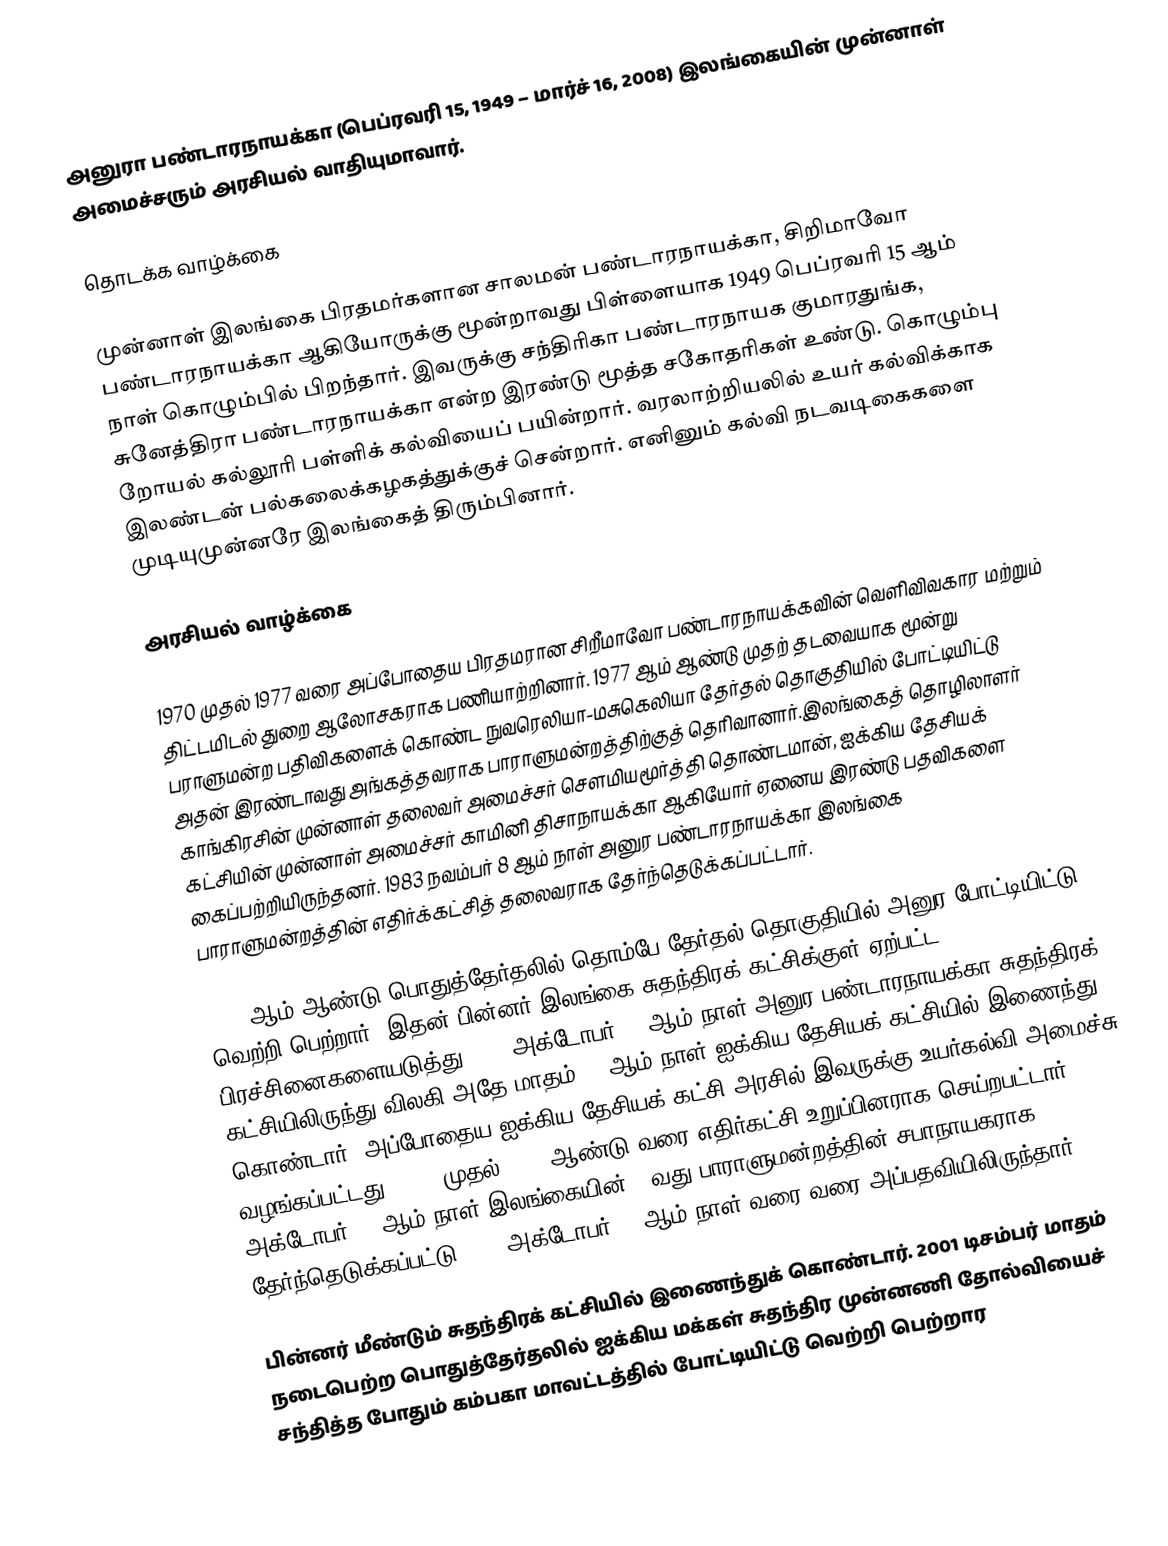
அனுரா பண்டாரநாயக்கா (பெப்ரவரி 15, 1949 – மார்ச் 16, 2008) இலங்கையின் முன்னாள் அமைச்சரும் அரசியல் வாதியுமாவார்.

தொடக்க வாழ்க்கை

முன்னாள்  இலங்கை பிரதமர்களான சாலமன் பண்டாரநாயக்கா, சிறிமாவோ பண்டாரநாயக்கா ஆகியோருக்கு மூன்றாவது பிள்ளையாக 1949 பெப்ரவரி 15 ஆம் நாள் கொழும்பில் பிறந்தார். இவருக்கு சந்திரிகா பண்டாரநாயக குமாரதுங்க, சுனேத்திரா பண்டாரநாயக்கா என்ற இரண்டு மூத்த சகோதரிகள் உண்டு. கொழும்பு றோயல் கல்லூரி பள்ளிக் கல்வியைப் பயின்றார். வரலாற்றியலில் உயர் கல்விக்காக இலண்டன் பல்கலைக்கழகத்துக்குச் சென்றார். எனினும் கல்வி நடவடிகைகளை முடியுமுன்னரே இலங்கைத் திரும்பினார்.

அரசியல் வாழ்க்கை

1970 முதல் 1977 வரை அப்போதைய பிரதமரான சிறீமாவோ பண்டாரநாயக்கவின் வெளிவிவகார மற்றும் திட்டமிடல் துறை ஆலோசகராக பணியாற்றினார். 1977 ஆம் ஆண்டு முதற் தடவையாக  மூன்று பராளுமன்ற பதிவிகளைக் கொண்ட நுவரெலியா-மசுகெலியா தேர்தல் தொகுதியில் போட்டியிட்டு அதன் இரண்டாவது அங்கத்தவராக  பாராளுமன்றத்திற்குத் தெரிவானார்.இலங்கைத் தொழிலாளர் காங்கிரசின் முன்னாள் தலைவர் அமைச்சர் சௌமியமூர்த்தி தொண்டமான், ஐக்கிய தேசியக் கட்சியின் முன்னாள் அமைச்சர் காமினி திசாநாயக்கா ஆகியோர் ஏனைய இரண்டு பதவிகளை கைப்பற்றியிருந்தனர். 1983 நவம்பர் 8 ஆம் நாள் அனுர பண்டாரநாயக்கா இலங்கை பாராளுமன்றத்தின் எதிர்க்கட்சித் தலைவராக தேர்ந்தெடுக்கப்பட்டார்.

1989 ஆம் ஆண்டு பொதுத்தேர்தலில் தொம்பே தேர்தல் தொகுதியில் அனுர போட்டியிட்டு வெற்றி பெற்றார். இதன் பின்னர் இலங்கை சுதந்திரக் கட்சிக்குள் ஏற்பட்ட பிரச்சினைகளையடுத்து 1993 அக்டோபர் 11 ஆம் நாள் அனுர பண்டாரநாயக்கா சுதந்திரக் கட்சியிலிருந்து விலகி அதே மாதம் 29 ஆம் நாள் ஐக்கிய தேசியக் கட்சியில் இணைந்து கொண்டார். அப்போதைய ஐக்கிய தேசியக் கட்சி அரசில் இவருக்கு உயர்கல்வி அமைச்சு வழங்கப்பட்டது. 1994 முதல் 2000 ஆண்டு வரை எதிர்கட்சி உறுப்பினராக செய்றபட்டார். 2000 அக்டோபர் 18 ஆம் நாள் இலங்கையின் 11வது பாராளுமன்றத்தின் சபாநாயகராக தேர்ந்தெடுக்கப்பட்டு 2001 அக்டோபர் 10 ஆம் நாள் வரை வரை அப்பதவியிலிருந்தார்.

பின்னர் மீண்டும் சுதந்திரக் கட்சியில் இணைந்துக் கொண்டார். 2001 டிசம்பர் மாதம் நடைபெற்ற பொதுத்தேர்தலில் ஐக்கிய மக்கள் சுதந்திர முன்னணி தோல்வியைச் சந்தித்த போதும் கம்பகா மாவட்டத்தில் போட்டியிட்டு வெற்றி பெற்றார